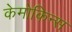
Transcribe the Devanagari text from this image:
केमोकिन्स